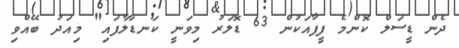
ދެން ޑީސަލް ކޮންމެ ފީފާއަކުން 63 ޑޮލަރު މިވަނީ ކަނޑާލާފައި" މިއަދު ބޭއްވި